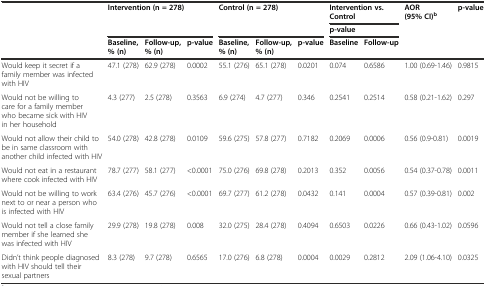
<table><thead><tr><td rowspan="3"></td><td rowspan="2" colspan="3"><b>Intervention (n = 278)</b></td><td rowspan="2" colspan="3"><b>Control (n = 278)</b></td><td colspan="2"><b>Intervention vs. Control</b></td><td rowspan="3"><b>AOR (95% CI)<sup>b</sup></b></td><td rowspan="3"><b>p-value</b></td></tr><tr><td colspan="2"><b>p-value</b></td></tr><tr><td><b>Baseline, % (n)</b></td><td><b>Follow-up, % (n)</b></td><td><b>p-value</b></td><td><b>Baseline, % (n)</b></td><td><b>Follow-up, % (n)</b></td><td><b>p-value</b></td><td><b>Baseline</b></td><td><b>Follow-up</b></td></tr></thead><tbody><tr><td>Would keep it secret if afamily member was infected with HIV</td><td>47.1 (278)</td><td>62.9 (278)</td><td>0.0002</td><td>55.1 (276)</td><td>65.1 (278)</td><td>0.0201</td><td>0.074</td><td>0.6586</td><td>1.00 (0.69-1.46)</td><td>0.9815</td></tr><tr><td>Would not be willing to care for a family member who became sick with HIV in her household</td><td>4.3 (277)</td><td>2.5 (278)</td><td>0.3563</td><td>6.9 (274)</td><td>4.7 (277)</td><td>0.346</td><td>0.2541</td><td>0.2514</td><td>0.58 (0.21-1.62)</td><td>0.297</td></tr><tr><td>Would not allow their child to be in same classroom with another child infected with HIV</td><td>54.0 (278)</td><td>42.8 (278)</td><td>0.0109</td><td>59.6 (275)</td><td>57.8 (277)</td><td>0.7182</td><td>0.2069</td><td>0.0006</td><td>0.56 (0.9-0.81)</td><td>0.0019</td></tr><tr><td>Would not eat in a restaurant where cook infected with HIV</td><td>78.7 (277)</td><td>58.1 (277)</td><td>&lt;0.0001</td><td>75.0 (276)</td><td>69.8 (278)</td><td>0.2013</td><td>0.352</td><td>0.0056</td><td>0.54 (0.37-0.78)</td><td>0.0011</td></tr><tr><td>Would not be willing to work next to or near a person who is infected with HIV</td><td>63.4 (276)</td><td>45.7 (276)</td><td>&lt;0.0001</td><td>69.7 (277)</td><td>61.2 (278)</td><td>0.0432</td><td>0.141</td><td>0.0004</td><td>0.57 (0.39-0.81)</td><td>0.002</td></tr><tr><td>Would not tell a close family member if she learned she was infected with HIV</td><td>29.9 (278)</td><td>19.8 (278)</td><td>0.008</td><td>32.0 (275)</td><td>28.4 (278)</td><td>0.4094</td><td>0.6503</td><td>0.0226</td><td>0.66 (0.43-1.02)</td><td>0.0596</td></tr><tr><td>Didn’t think people diagnosed with HIV should tell their sexual partners</td><td>8.3 (278)</td><td>9.7 (278)</td><td>0.6565</td><td>17.0 (276)</td><td>6.8 (278)</td><td>0.0004</td><td>0.0029</td><td>0.2812</td><td>2.09 (1.06-4.10)</td><td>0.0325</td></tr></tbody></table>